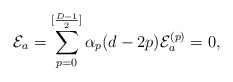
\begin{align*}{\cal E}_{a}=\sum_{p=0}^{[\frac{D-1}{2}]}\alpha_{p}(d-2p){\cal E}_{a}^{(p)}=0,\end{align*}